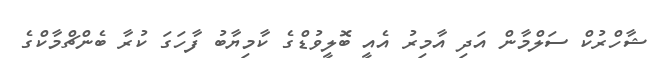
ޝާހްރުކް ސަލްމާން އަދި އާމިރު އެއީ ބޮލީވުޑްގެ ކާމިޔާބު ފާހަގަ ކުރާ ބެންޗްމާކްގެ